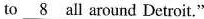
to \underline{8} all around Detroit."